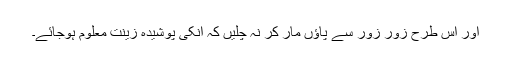
اور اس طرح زور زور سے پاؤں مار کر نہ چلیں کہ انکی پوشیدہ زینت معلوم ہوجائے۔